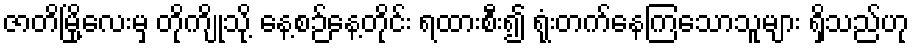
ဇာတိမြို့လေးမှ တိုကျိုသို့ နေ့စဉ်နေ့တိုင်း ရထားစီး၍ ရုံးတက်နေကြသောသူများ ရှိသည်ဟု